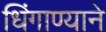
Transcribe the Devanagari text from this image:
धिंगाण्याने